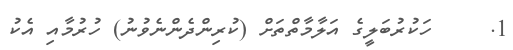
1.     ހަކުރުބަލީގެ އަލާމާތްތަށް (ކުރިންދެންނެވުނު) ހުރުމާއި އެކު